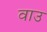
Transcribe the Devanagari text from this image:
वाउ